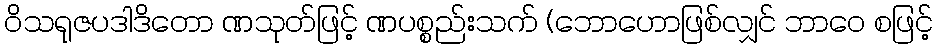
ဝိသရုဇပဒါဒိတော ဏသုတ်ဖြင့် ဏပစ္စည်းသက် (ဘောဟောဖြစ်လျှင် ဘာဝေ စဖြင့်